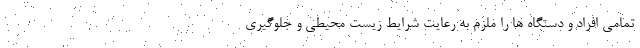
تمامی افراد و دستگاه ها را ملزم به رعایت شرایط زیست محیطی و جلوگیری